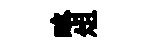
略俎